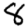
Digit: 8